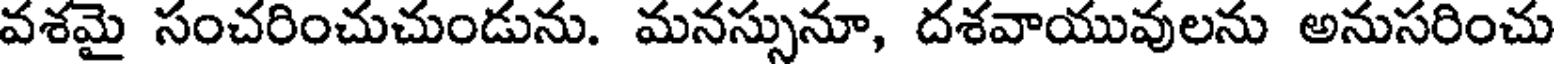
వశమై సంచరించుచుండును. మనస్సునూ, దశవాయువులను అనుసరించు